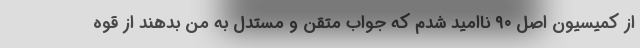
از کمیسیون اصل ۹۰ ناامید شدم که جواب متقن و مستدل به من بدهند از قوه